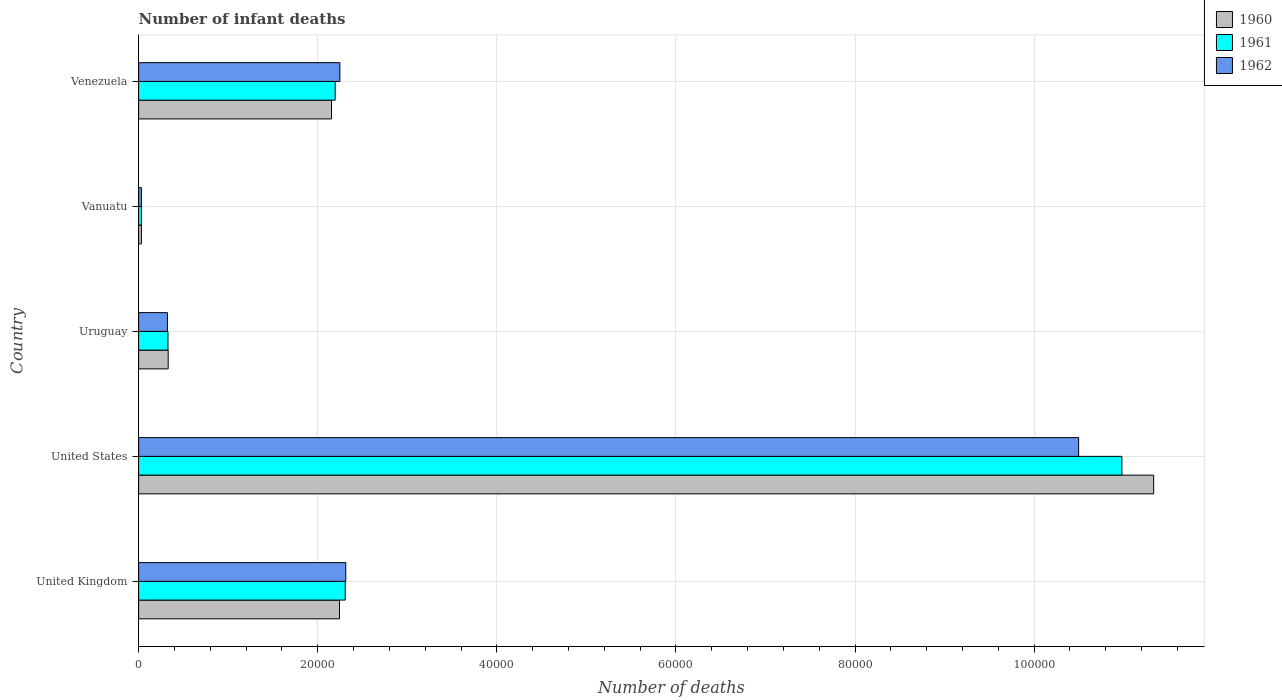
| Country | 1960 | 1961 | 1962 |
 | --- | --- | --- | --- |
 | United Kingdom | 2.24e+04 | 2.31e+04 | 2.31e+04 |
 | United States | 1.13e+05 | 1.1e+05 | 1.05e+05 |
 | Uruguay | 3.3e+03 | 3.28e+03 | 3.22e+03 |
 | Vanuatu | 311 | 311 | 311 |
 | Venezuela | 2.15e+04 | 2.19e+04 | 2.25e+04 |